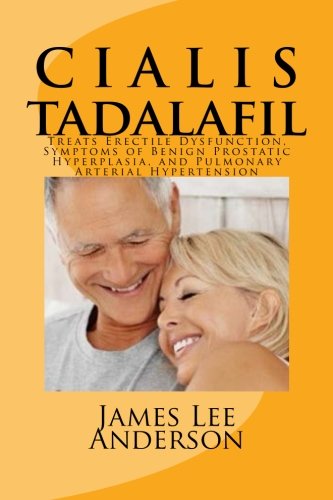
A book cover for C I A L I S (Tadalafil): Treats Erectile Dysfunction, Symptoms of Benign Prostatic Hyperplasia, and Pulmonary Arterial Hypertension; James Lee Anderson; Medical Books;